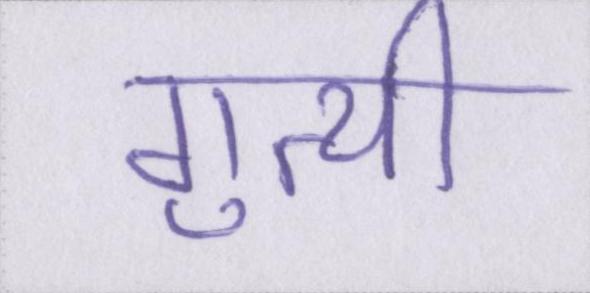
गुत्थी